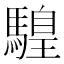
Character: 𩥧